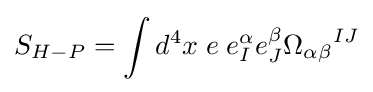
S_{H-P}=\int d^{4}x\;e\;e_{I}^{\alpha }e_{J}^{\beta }{\Omega _{\alpha \beta }}^{IJ}